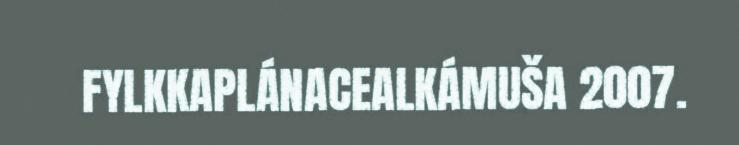
FYLKKAPLÁNACEALKÁMUŠA 2007.